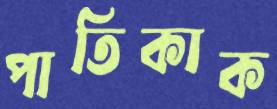
পাতিকাক